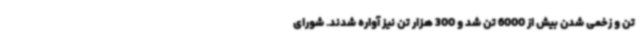
تن و زخمی شدن بیش از 6000 تن شد و 300 هزار تن نیز آواره شدند. شورای